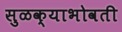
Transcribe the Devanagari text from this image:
सुळक्याभोवती